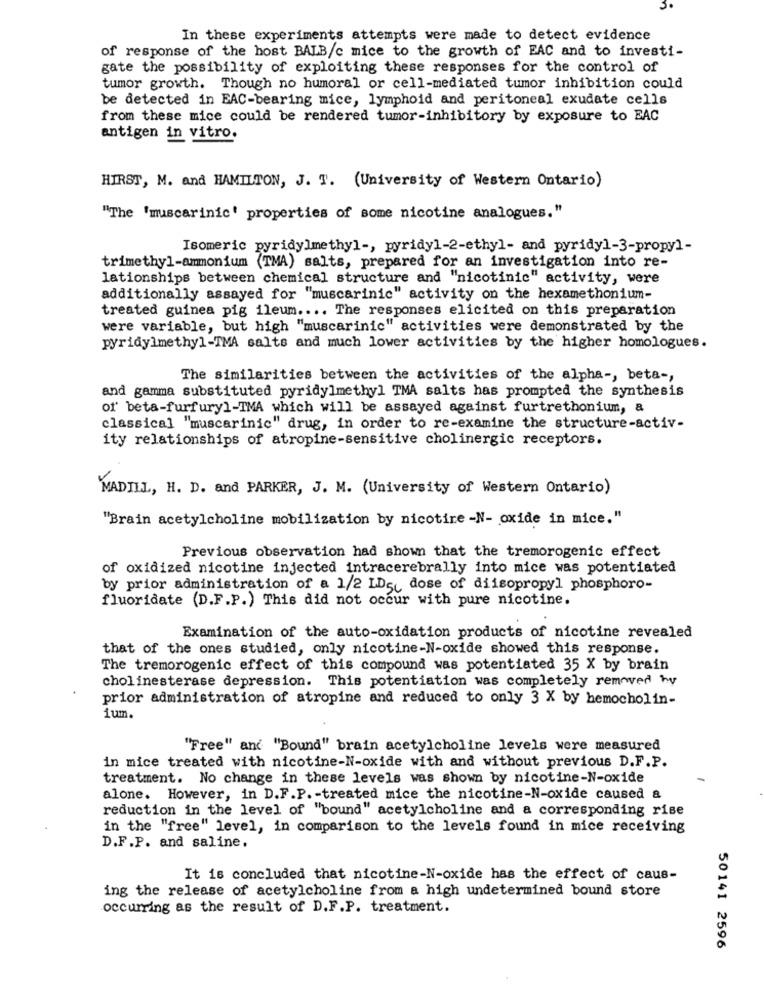
In these experiments attempts were made to detect evidence
of response of the host BALB/c mice to the growth of EAC and to investi-
gate the possibility of exploiting these responses for the control of
tumor growth. Though no humoral or cell-mediated tumor inhibition could
be detected in EAC-bearing mice, lymphoid and peritoneal exudate cells
from these mice could be rendered tumor-inhibitory by exposure to EAC
antigen in vitro.
HIRST, M. and HAMILTON, J. T. (University of Western Ontario)
"The 'muscarinic' properties of some nicotine analogues."
Isomeric pyridylmethyl -, pyridy1-2-ethyl- and pyridy1-3-propyl-
trimethyl-ammonium (TMA) salts, prepared for an investigation into re-
lationships between chemical structure and "nicotinic" activity, were
additionally assayed for "muscarinic" activity on the hexamethonium-
treated guinea pig ileum .... The responses elicited on this preparation
were variable, but high "muscarinic" activities were demonstrated by the
pyridylmethyl-TMA salts and much lower activities by the higher homologues.
The similarities between the activities of the alpha -, beta -,
and gamma substituted pyridylmethyl TMA salts has prompted the synthesis
of' beta-furfuryl-TMA which will be assayed against furtrethonium, a
classical "muscarinic" drug, in order to re-examine the structure-activ-
ity relationships of atropine-sensitive cholinergic receptors.
MADILL, H. D. and PARKER, J. M. (University of Western Ontario)
"Brain acetylcholine mobilization by nicotire -N- oxide in mice."
Previous observation had shown that the tremorogenic effect
of oxidized nicotine injected intracerebrally into mice was potentiated
by prior administration of a 1/2 IDs dose of diisopropyl phosphoro-
fluoridate (D.F.P.) This did not occur with pure nicotine.
Examination of the auto-oxidation products of nicotine revealed
that of the ones studied, only nicotine-N-oxide showed this response.
The tremorogenic effect of this compound was potentiated 35 X by brain
cholinesterase depression. This potentiation was completely removed by
prior administration of atropine and reduced to only 3 X by hemocholin-
ium.
"Free" and "Bound" brain acetylcholine levels were measured
in mice treated with nicotine-N-oxide with and without previous D.F.P.
treatment. No change in these levels was shown by nicotine-N-oxide
alone. However, in D.F.P. - treated mice the nicotine-N-oxide caused &
reduction in the level of "bound" acetylcholine and a corresponding rise
in the "free" level, in comparison to the levels found in mice receiving
D.F.P. and saline.
It is concluded that nicotine-N-oxide has the effect of caus-
ing the release of acetylcholine from a high undetermined bound store
occurring as the result of D.F.P. treatment.
50141 2596